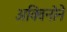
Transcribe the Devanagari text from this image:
अक्विनोने